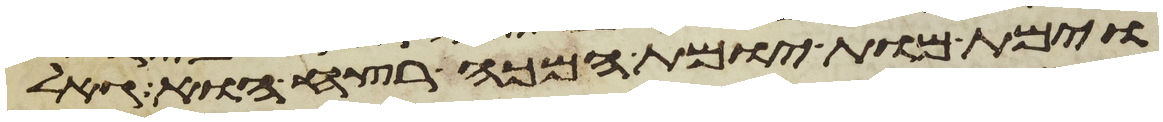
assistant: וימת מות יומת המכה רצח הוא גאל